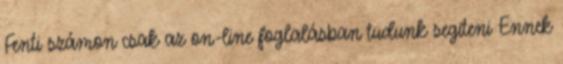
Fenti számon csak az on-line foglalásban tudunk segíteni Ennek